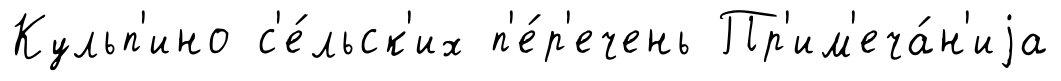
Кульп'ино с'е́льск'их п'е́р'ечень Пр'им'еча́н'иjа